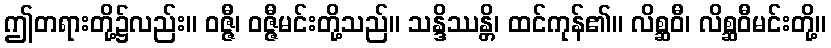
ဤတရားတို့၌လည်း။ ဝဇ္ဇီ၊ ဝဇ္ဇီမင်းတို့သည်။ သန္ဒိဿန္တိ၊ ထင်ကုန်၏။ လိစ္ဆဝီ၊ လိစ္ဆဝီမင်းတို့။